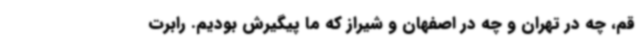
قم، چه در تهران و چه در اصفهان و شیراز که ما پیگیرش بودیم. رابرت